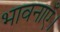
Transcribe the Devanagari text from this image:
भावनाएँ।